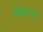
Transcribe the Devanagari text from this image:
नौकाभंग